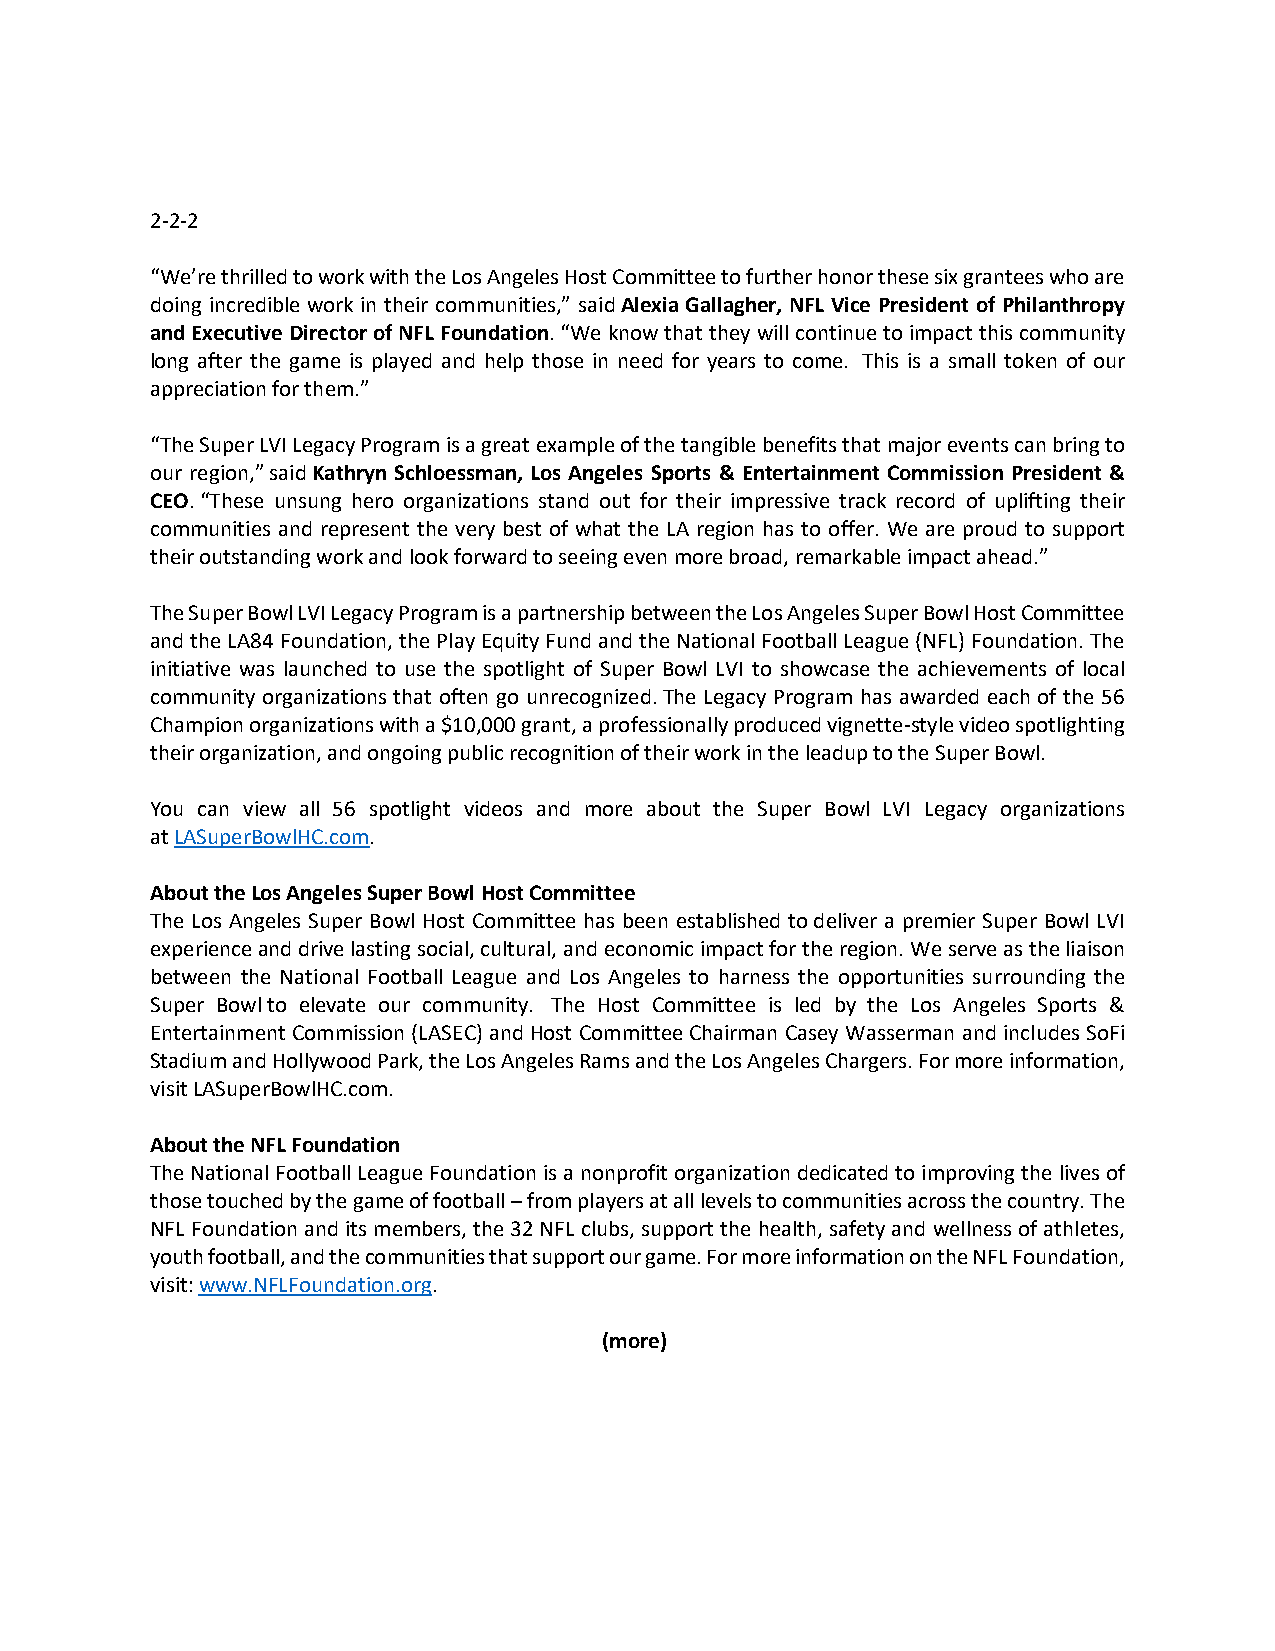
2-2-2
 “We’re thrilled to work with the Los Angeles Host Committee to further honor these six grantees who are
 doing incredible work in their communities,” said Alexia Gallagher, NFL Vice President of Philanthropy
 and Executive Director of NFL Foundation. “We know that they will continue to impact this community
 long after the game is played and help those in need for years to come. This is a small token of our
 appreciation for them.”
 “The Super LVI Legacy Program is a great example of the tangible benefits that major events can bring to
 our region,” said Kathryn Schloessman, Los Angeles Sports & Entertainment Commission President &
 CEO. “These unsung hero organizations stand out for their impressive track record of uplifting their
 communities and represent the very best of what the LA region has to offer. We are proud to support
 their outstanding work and look forward to seeing even more broad, remarkable impact ahead.”
 The Super Bowl LVI Legacy Program is a partnership between the Los Angeles Super Bowl Host Committee
 and the LA84 Foundation, the Play Equity Fund and the National Football League (NFL) Foundation. The
 initiative was launched to use the spotlight of Super Bowl LVI to showcase the achievements of local
 community organizations that often go unrecognized. The Legacy Program has awarded each of the 56
 Champion organizations with a $10,000 grant, a professionally produced vignette-style video spotlighting
 their organization, and ongoing public recognition of their work in the leadup to the Super Bowl.
 You can view all 56 spotlight videos and more about the Super Bowl LVI Legacy organizations
 at LASuperBowlHC.com.
 About the Los Angeles Super Bowl Host Committee
 The Los Angeles Super Bowl Host Committee has been established to deliver a premier Super Bowl LVI
 experience and drive lasting social, cultural, and economic impact for the region. We serve as the liaison
 between the National Football League and Los Angeles to harness the opportunities surrounding the
 Super Bowl to elevate our community. The Host Committee is led by the Los Angeles Sports &
 Entertainment Commission (LASEC) and Host Committee Chairman Casey Wasserman and includes SoFi
 Stadium and Hollywood Park, the Los Angeles Rams and the Los Angeles Chargers. For more information,
 visit LASuperBowlHC.com.
 About the NFL Foundation
 The National Football League Foundation is a nonprofit organization dedicated to improving the lives of
 those touched by the game of football – from players at all levels to communities across the country. The
 NFL Foundation and its members, the 32 NFL clubs, support the health, safety and wellness of athletes,
 youth football, and the communities that support our game. For more information on the NFL Foundation,
 visit: www.NFLFoundation.org.
 (more)